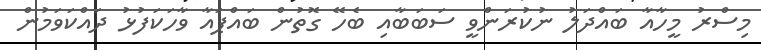
މިސްރު މީހާއާ ބައްދަލު ނުކުރަންވީ ސަބަބާއި ބެހޭ ގޮތުން ބައްޕައާ ވާހަކަފުޅު ދައްކަވަމުން